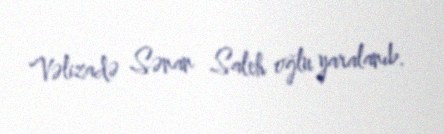
Vəlizadə Sənan Saleh oğlu yaralanıb.